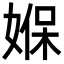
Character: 媬